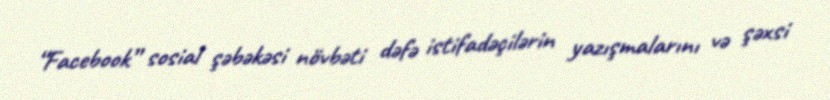
“Facebook” sosial şəbəkəsi növbəti dəfə istifadəçilərin yazışmalarını və şəxsi